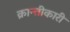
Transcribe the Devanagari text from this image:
क्रान्तीकारी